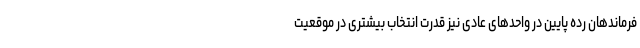
فرماندهان رده پایین در واحدهای عادی نیز قدرت انتخاب بیشتری در موقعیت